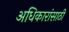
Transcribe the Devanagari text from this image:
अधिकारांसाठी